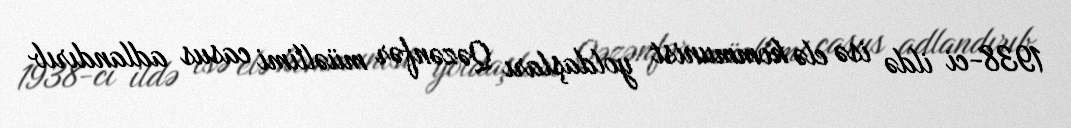
1938-ci ildə isə elə kommunist yoldaşları Qəzənfər müəllimi casus adlandırıb